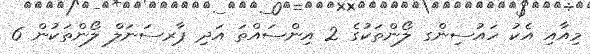
މިއާއި އެކު ހައުސިންގ ލޯންތަކުގެ 2 އިންސައްތަ އަދި ޕާރސަނަލް ލޯންތަކުން 6